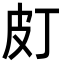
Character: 𤿆